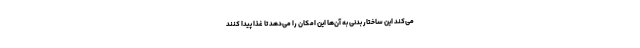
می‌کند این ساختار بدنی به آن‌ها این امکان را می‌دهد تا غذا پیدا کنند